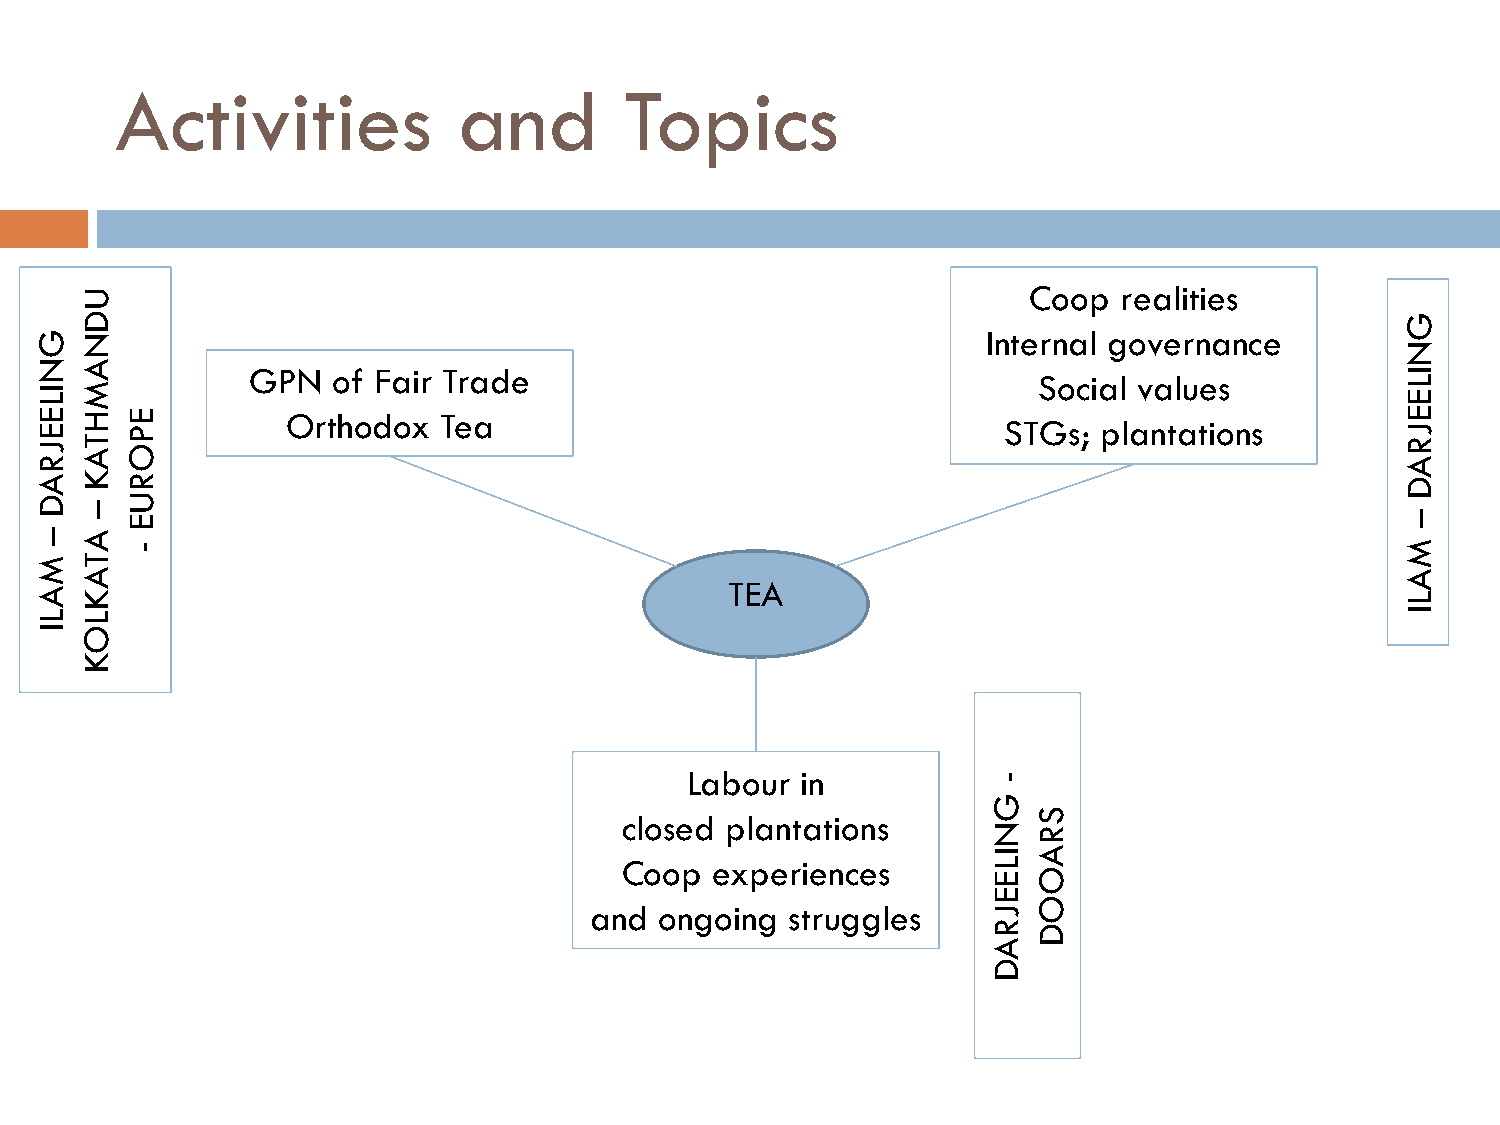
Activities            and        Topics
 Coop  realities
 Internal governance
 GPN  of Fair Trade
 Social values
 Orthodox  Tea
 STGs;  plantations
 TEA
 Labour  in
 closed plantations
 Coop  experiences
 and  ongoing struggles
 GNILEEJRAD
 –
 MALI
 UDNAMHTAK
 –
 ATAKLOK
 EPORUE
 -
 -
 GNILEEJRAD
 SRAOOD
 GNILEEJRAD
 –
 MALI